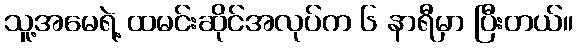
သူ့အမေရဲ့ ထမင်းဆိုင်အလုပ်က ၆ နာရီမှာ ပြီးတယ်။